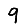
Digit: 9